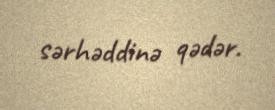
sərhəddinə qədər.